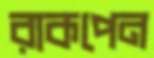
রাকপেন